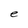
Character: e